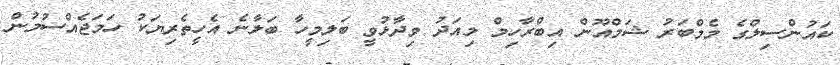
ކައުންސިލްގެ މެމްބަރު ޝަމްއޫން އިބްރާހިމް މިއަދު ވިދާޅުވީ ބަލިމީހާ ބަލާނެ އެހީތެރިޔަކު ހަމަޖެއްސުމުން